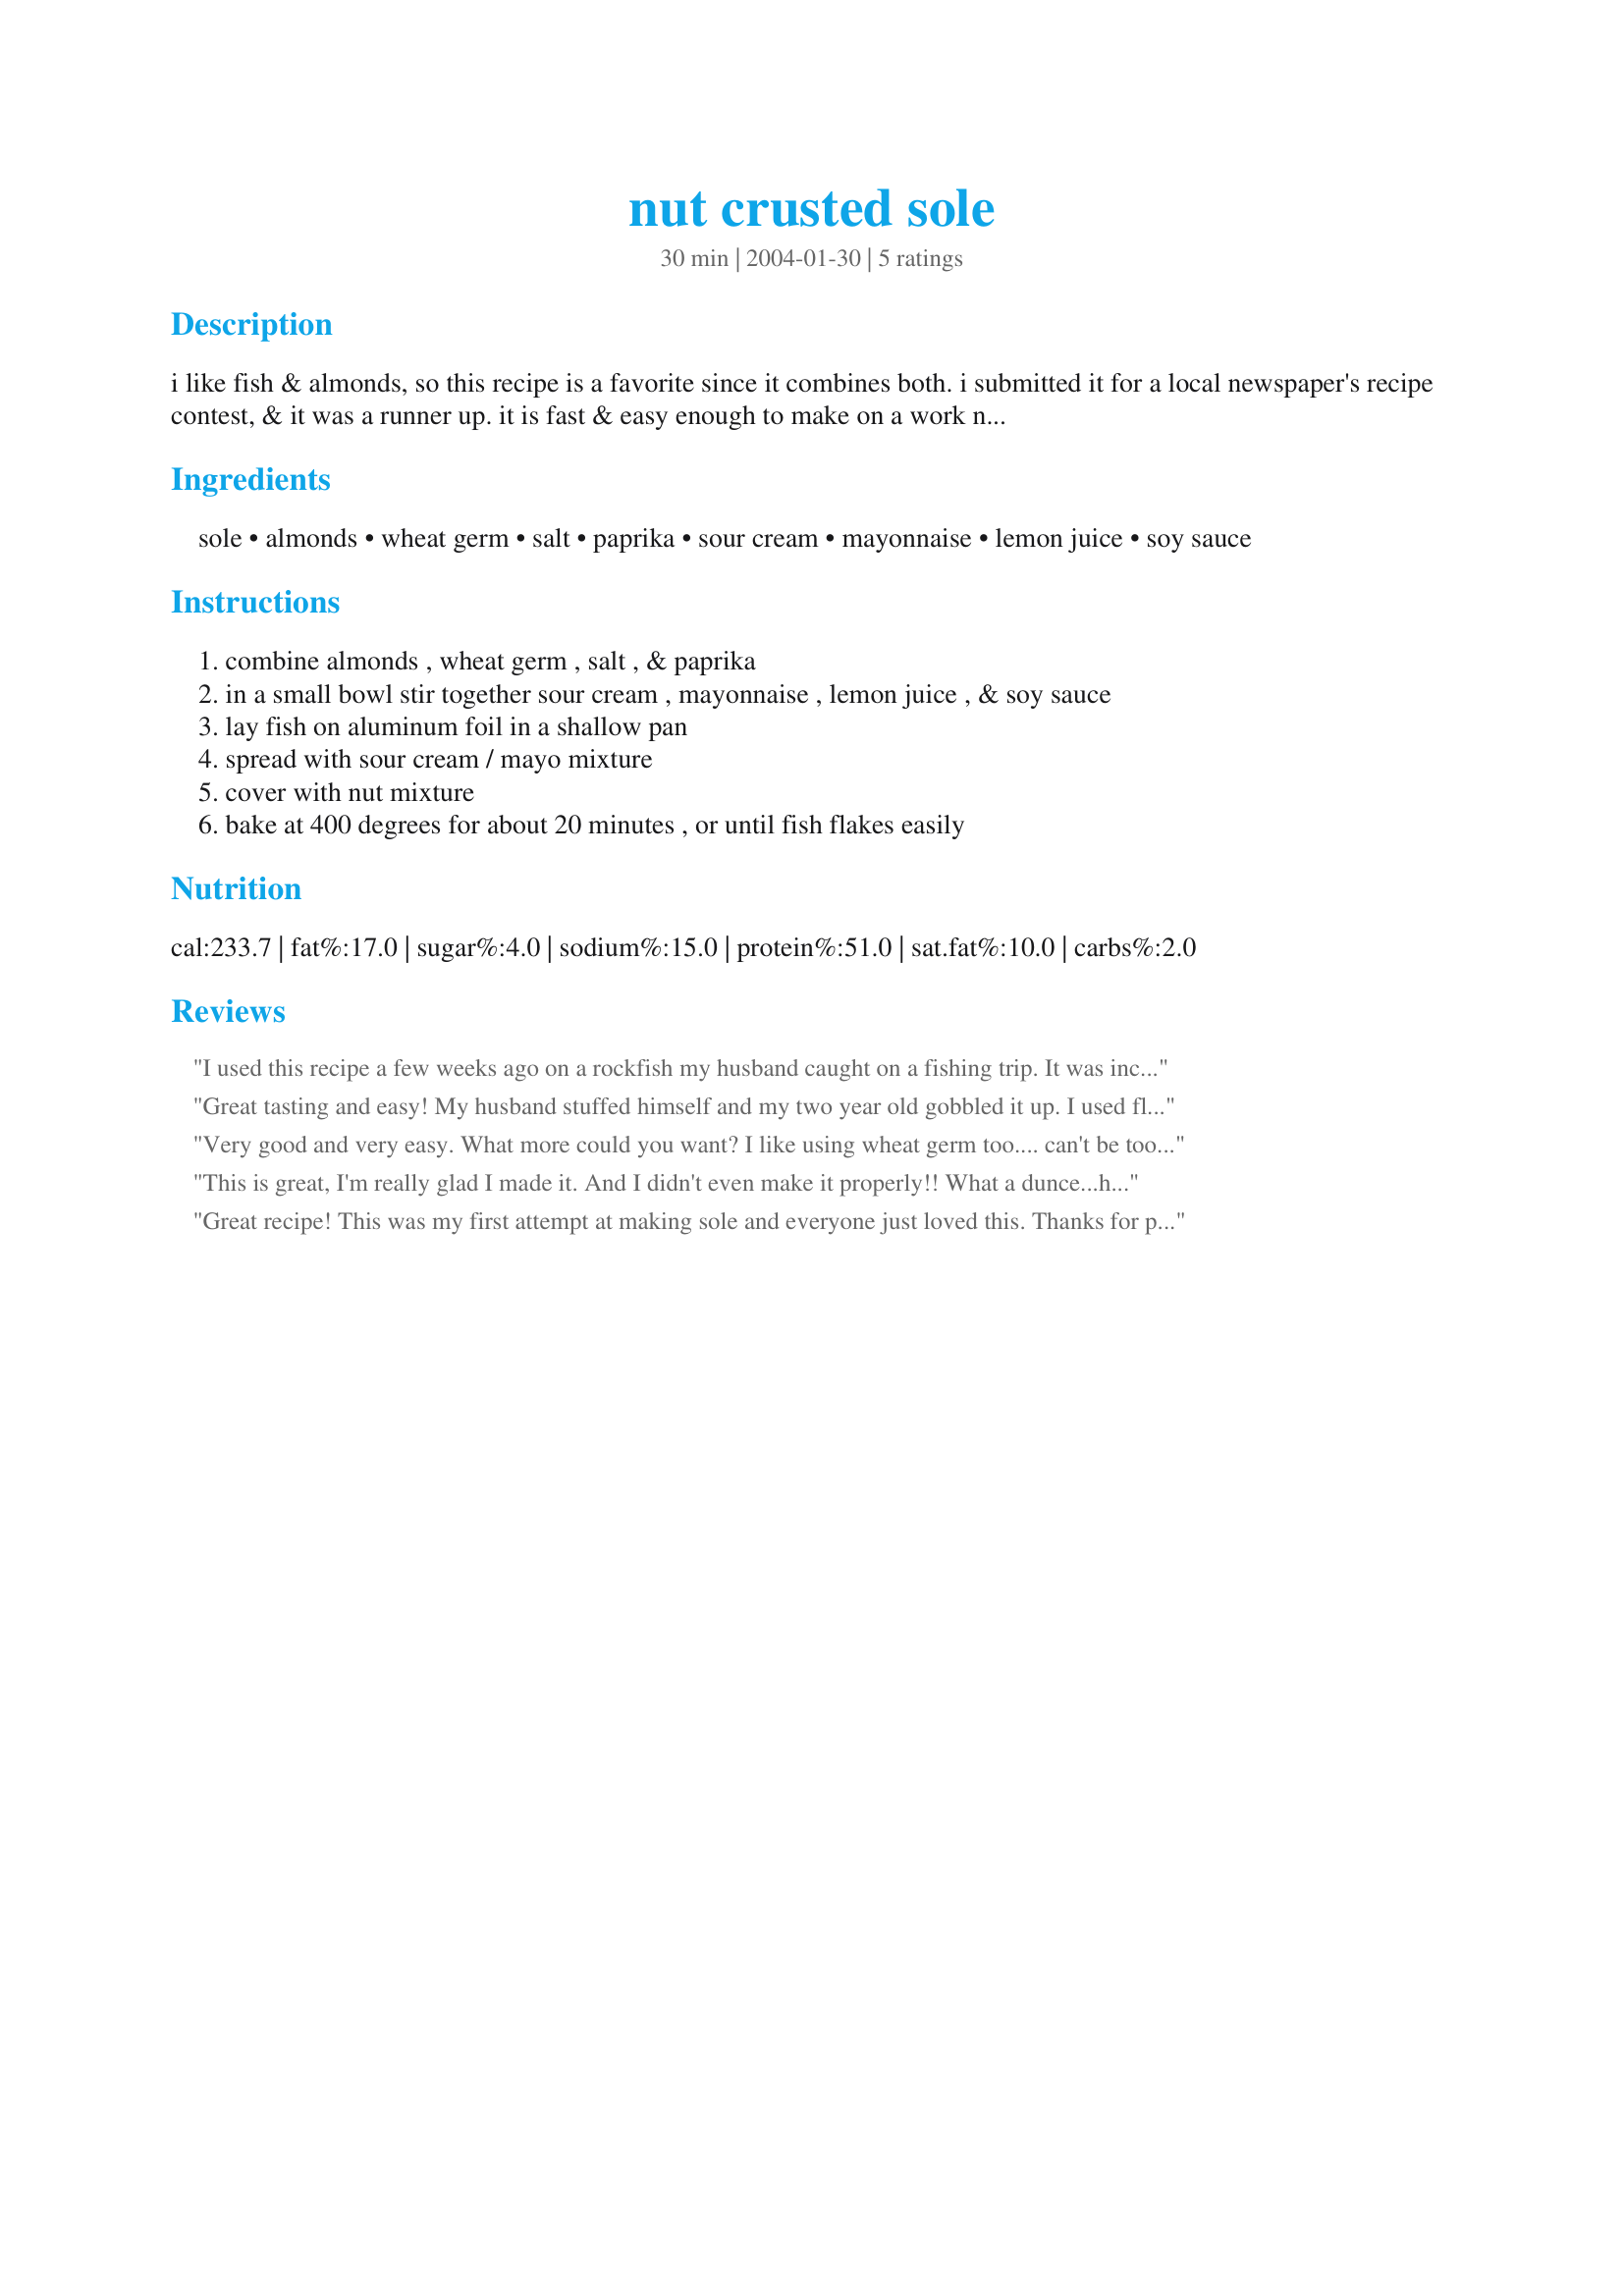
nut crusted sole
Preparation time: 30 minutes

i like fish & almonds, so this recipe is a favorite since it combines both. i submitted it for a local newspaper's recipe contest, & it was a runner up. it is fast & easy enough to make on a work night.

Ingredients:
sole, almonds, wheat germ, salt, paprika, sour cream, mayonnaise, lemon juice, soy sauce

Steps:
combine almonds , wheat germ , salt , & paprika
in a small bowl stir together sour cream , mayonnaise , lemon juice , & soy sauce
lay fish on aluminum foil in a shallow pan
spread with sour cream / mayo mixture
cover with nut mixture
bake at 400 degrees for about 20 minutes , or until fish flakes easily

Reviews:
I used this recipe a few weeks ago on a rockfish my husband caught on a fishing trip. It was incredible! I love combo of the tangy sauce and the nutty crunch. My 3yo at more of her fish than anything else on her plate (totally NOT the reaction I was expecting). I'm making it again tonight with some frozen Mahi Mahi fillets I had in the freezer. This is the only way I ever want to eat fish!!!<br/><br/>Oh...and I also used flax meal instead of wheat germ. And I only had fat free sour cream, but it worked great!
Great tasting and easy! My husband stuffed himself and my two year old gobbled it up. I used flax seed meal instead of wheat germ because that's what I had, and chili powder instead of paprika because I didn't have any (I need to get some!). I paired it with rice and mixed veggies and had a wonderful meal that the whole family enjoyed! Thanks for posting!
Very good and very easy. What more could you want? I like using wheat germ too.... can't be too healthy, you know!
This is great, I'm really glad I made it. And I didn't even make it properly!! What a dunce...having read the word 'crusted' I just went ahead and attempted to coat the sole with the almond/wheat germ mixture. So of course, it didn't really stick and looked a little weird. But it still worked out well with the sauce on top and tasted great. I have to say, I'm always skeptical cooking with mayo, it's not my favourite thing, but everything combined, the sauce was truly delish. Next time it's bound to be better because I'll follow the directions!!
Great recipe! This was my first attempt at making sole and everyone just loved this. Thanks for posting!
